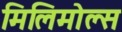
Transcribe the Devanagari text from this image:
मिलिमोल्स